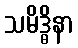
သမိဒ္ဓိနာ